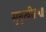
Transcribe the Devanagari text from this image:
सुमुखी॥५॥